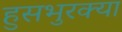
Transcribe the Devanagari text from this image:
हुसभुरक्या